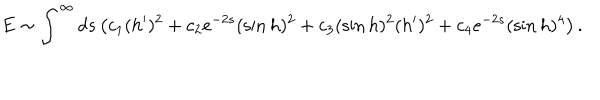
E \sim \int ^ { \infty } d s \left( c _ { 1 } ( h ^ { \prime } ) ^ { 2 } + c _ { 2 } e ^ { - 2 s } ( \sin h ) ^ { 2 } + c _ { 3 } ( \sin h ) ^ { 2 } ( h ^ { \prime } ) ^ { 2 } + c _ { 4 } e ^ { - 2 s } ( \sin h ) ^ { 4 } \right) .